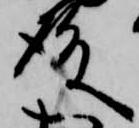
殿